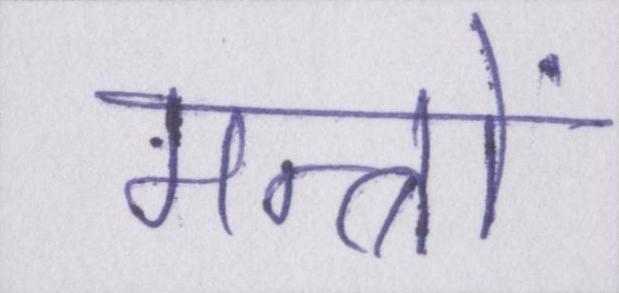
मन्त्रों